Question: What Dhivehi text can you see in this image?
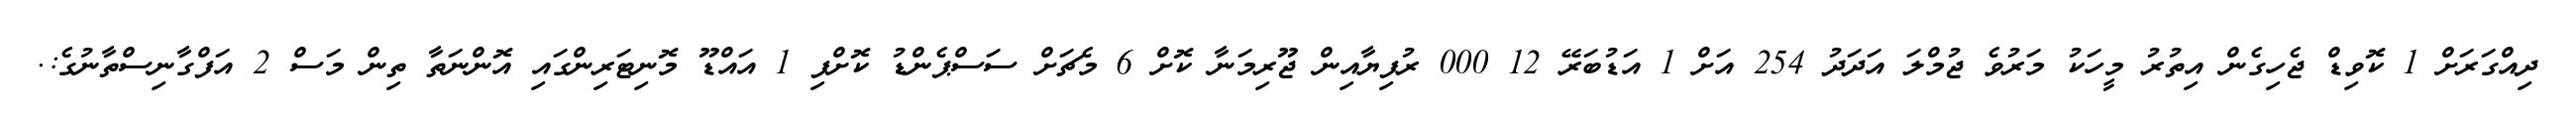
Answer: ދިއްގަރަށް 1 ކޮވިޑް ޖެހިގެން އިތުރު މީހަކު މަރުވެ ޖުމްލަ އަދަދު 254 އަށް 1 އަޑުބަރޭ 12 000 ރުފިޔާއިން ޖޫރިމަނާ ކޮށް 6 މެޗަށް ސަސްޕެންޑު ކޮށްފި 1 އައްޑޫ މޮނިޓަރިންގައި އޮންނަތާ ތިން މަސް 2 އަފްގާނިސްތާނުގެ:.